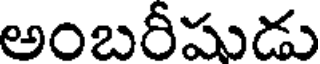
అంబరీషుడు